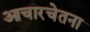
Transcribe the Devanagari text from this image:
आचारचेतना